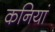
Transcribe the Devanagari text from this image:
कनियां